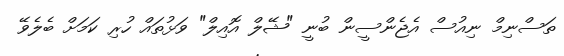
ތަސްނިމް ނިއުސް އެޖެންސީން ބުނީ "ޝޭލް އޮއިލް" ވަޅުތައް ހުރި ކަމަށް ބެލެވޭ